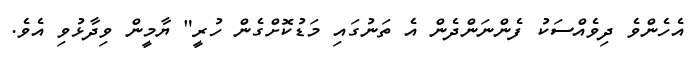
އެހެންވެ ދިވެއްސަކު ފެންނަންދެން އެ ތަނުގައި މަޑުކޮށްގެން ހުރީ" ޔާމީން ވިދާޅުވި އެވެ.